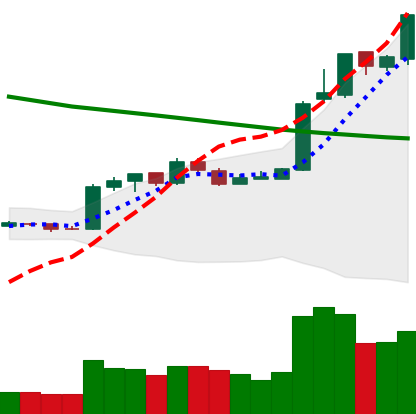
Ticker: EOS-USD
Chart end date: 2019-02-23
Forward return: -17.061%
Label: down_7plus